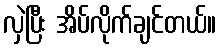
လှဲပြီး အိပ်လိုက်ချင်တယ်။